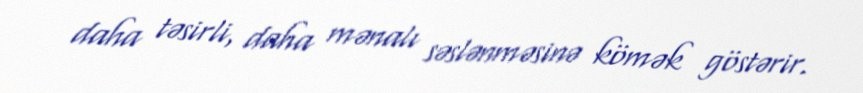
daha təsirli, daha mənalı səslənməsinə kömək göstərir.